Annual report on the working of the mental hospitals in the Madras Presidency - 1912-1932
Year: 1912
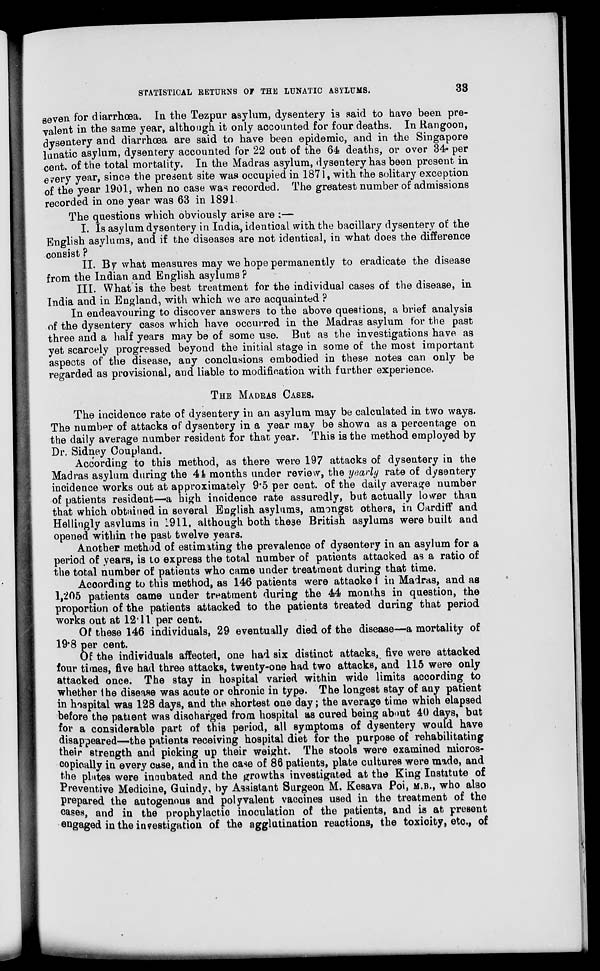
STATISTICAL RETURNS OF THE LUNATIC ASYLUMS.
33
seven for diarrhœa. In the Tezpur asylum, dysentery is said to have been pre-
valent in the same year, although it only accounted for four deaths. In Rangoon,
dysentery and diarrhœa are said to have been epidemic, and in the Singapore
lunatic asylum, dysentery accounted for 22 out of the 64 deaths, or over 34. per
cent. of the total mortality. In the Madras asylum, dysentery has been present in
every year, since the present site was occupied in 1871, with the solitary exception
of the year 1901, when no case was recorded. The greatest number of admissions
recorded in one year was 63 in 1891.
The questions which obviously arise are :—
I. Is asylum dysentery in India, identical with the bacillary dysentery of the
English asylums, and if the diseases are not identical, in what does the difference
consist ?
II. By what measures may we hope permanently to eradicate the disease
from the Indian and English asylums ?
III. What is the best treatment for the individual cases of the disease, in
India and in England, with which we are acquainted ?
In endeavouring to discover answers to the above questions, a brief analysis
of the dysentery cases which have occurred in the Madras asylum for the past
three and a half years may be of some use. But as the investigations have as
yet scarcely progressed beyond the initial stage in some of the most important
aspects of the disease, any conclusions embodied in these notes can only be
regarded as provisional, and liable to modification with further experience.
THE MADRAS CASES.
The incidence rate of dysentery in an asylum may be calculated in two ways.
The number of attacks of dysentery in a year may be shown as a percentage on
the daily average number resident for that year. This is the method employed by
Dr. Sidney Coupland.
According to this method, as there were 197 attacks of dysentery in the
Madras asylum during the 44 months under review, the yearly rate of dysentery
incidence works out at approximately 9.5 per cent. of the daily average number
of patients resident—a high incidence rate assuredly, but actually lower than
that which obtained in several English asylums, amongst others, in Cardiff and
Hellingly asylums in 1911, although both these British asylums were built and
opened within the past twelve years.
Another method of estimating the prevalence of dysentery in an asylum for a
period of years, is to express the total number of patients attacked as a ratio of
the total number of patients who came under treatment during that time.
According to this method, as 146 patients were attacked in Madras, and as
1,205 patients came under treatment during the 44 months in question, the
proportion of the patients attacked to the patients treated during that period
works out at 12.11 per cent.
Of these 146 individuals, 29 eventually died of the disease—a mortality of
19.8 per cent.
Of the individuals affected, one had six distinct attacks, five were attacked
four times, five had three attacks, twenty-one had two attacks, and 115 were only
attacked once. The stay in hospital varied within wide limits according to
whether the disease was acute or chronic in type. The longest stay of any patient
in hospital was 128 days, and the shortest one day; the average time which elapsed
before the patient was discharged from hospital as cured being about 40 days, but
for a considerable part of this period, all symptoms of dysentery would have
disappeared—the patients receiving hospital diet for the purpose of rehabilitating
their strength and picking up their weight. The stools were examined micros-
copically in every case, and in the case of 86 patients, plate cultures were made, and
the plates were incubated and the growths investigated at the King Institute of
Preventive Medicine, Guindy, by Assistant Surgeon M. Kesava Poi, M.B., who also
prepared the autogenous and polyvalent vaccines used in the treatment of the
cases, and in the prophylactic inoculation of the patients, and is at present
engaged in the investigation of the agglutination reactions, the toxicity, etc., of